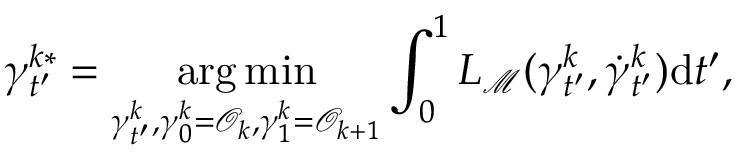
\gamma _ { t ^ { \prime } } ^ { k * } = \underset { \gamma _ { t ^ { \prime } } ^ { k } , \gamma _ { 0 } ^ { k } = \mathcal { O } _ { k } , \gamma _ { 1 } ^ { k } = \mathcal { O } _ { k + 1 } } { \arg \operatorname* { m i n } } \int _ { 0 } ^ { 1 } L _ { { \mathcal { M } } } ( \gamma _ { t ^ { \prime } } ^ { k } , \dot { \gamma } _ { t ^ { \prime } } ^ { k } ) \mathrm { d } t ^ { \prime } ,